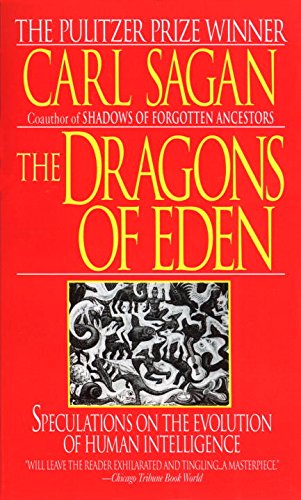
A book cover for The Dragons of Eden: Speculations on the Evolution of Human Intelligence; Carl Sagan; Medical Books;